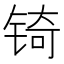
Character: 锜